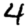
Digit: 4